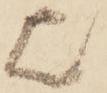
欤